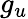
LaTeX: g_{u}